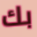
بك